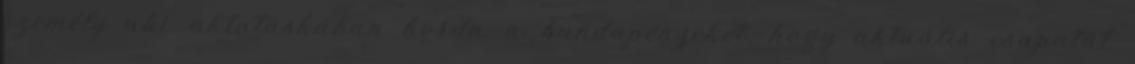
személy aki aktatáskában horda a bundapénzeket, hogy aktuális csapatát